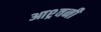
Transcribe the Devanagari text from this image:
आश्र्वनी